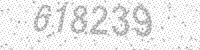
Solution: 618239